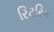
રિટરિક